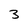
Character: 3